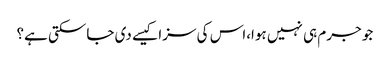
جو جرم ہی نہیں ہوا،اس کی سزا کیسے دی جاسکتی ہے؟